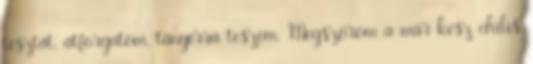
tésztát, átforgatom, tányérra teszem. Megszórom a már kész chilis